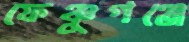
ফেঞ্চুগঞ্জে